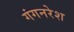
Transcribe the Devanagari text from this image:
गंगनरेश